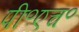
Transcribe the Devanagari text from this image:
पी॰एच॰